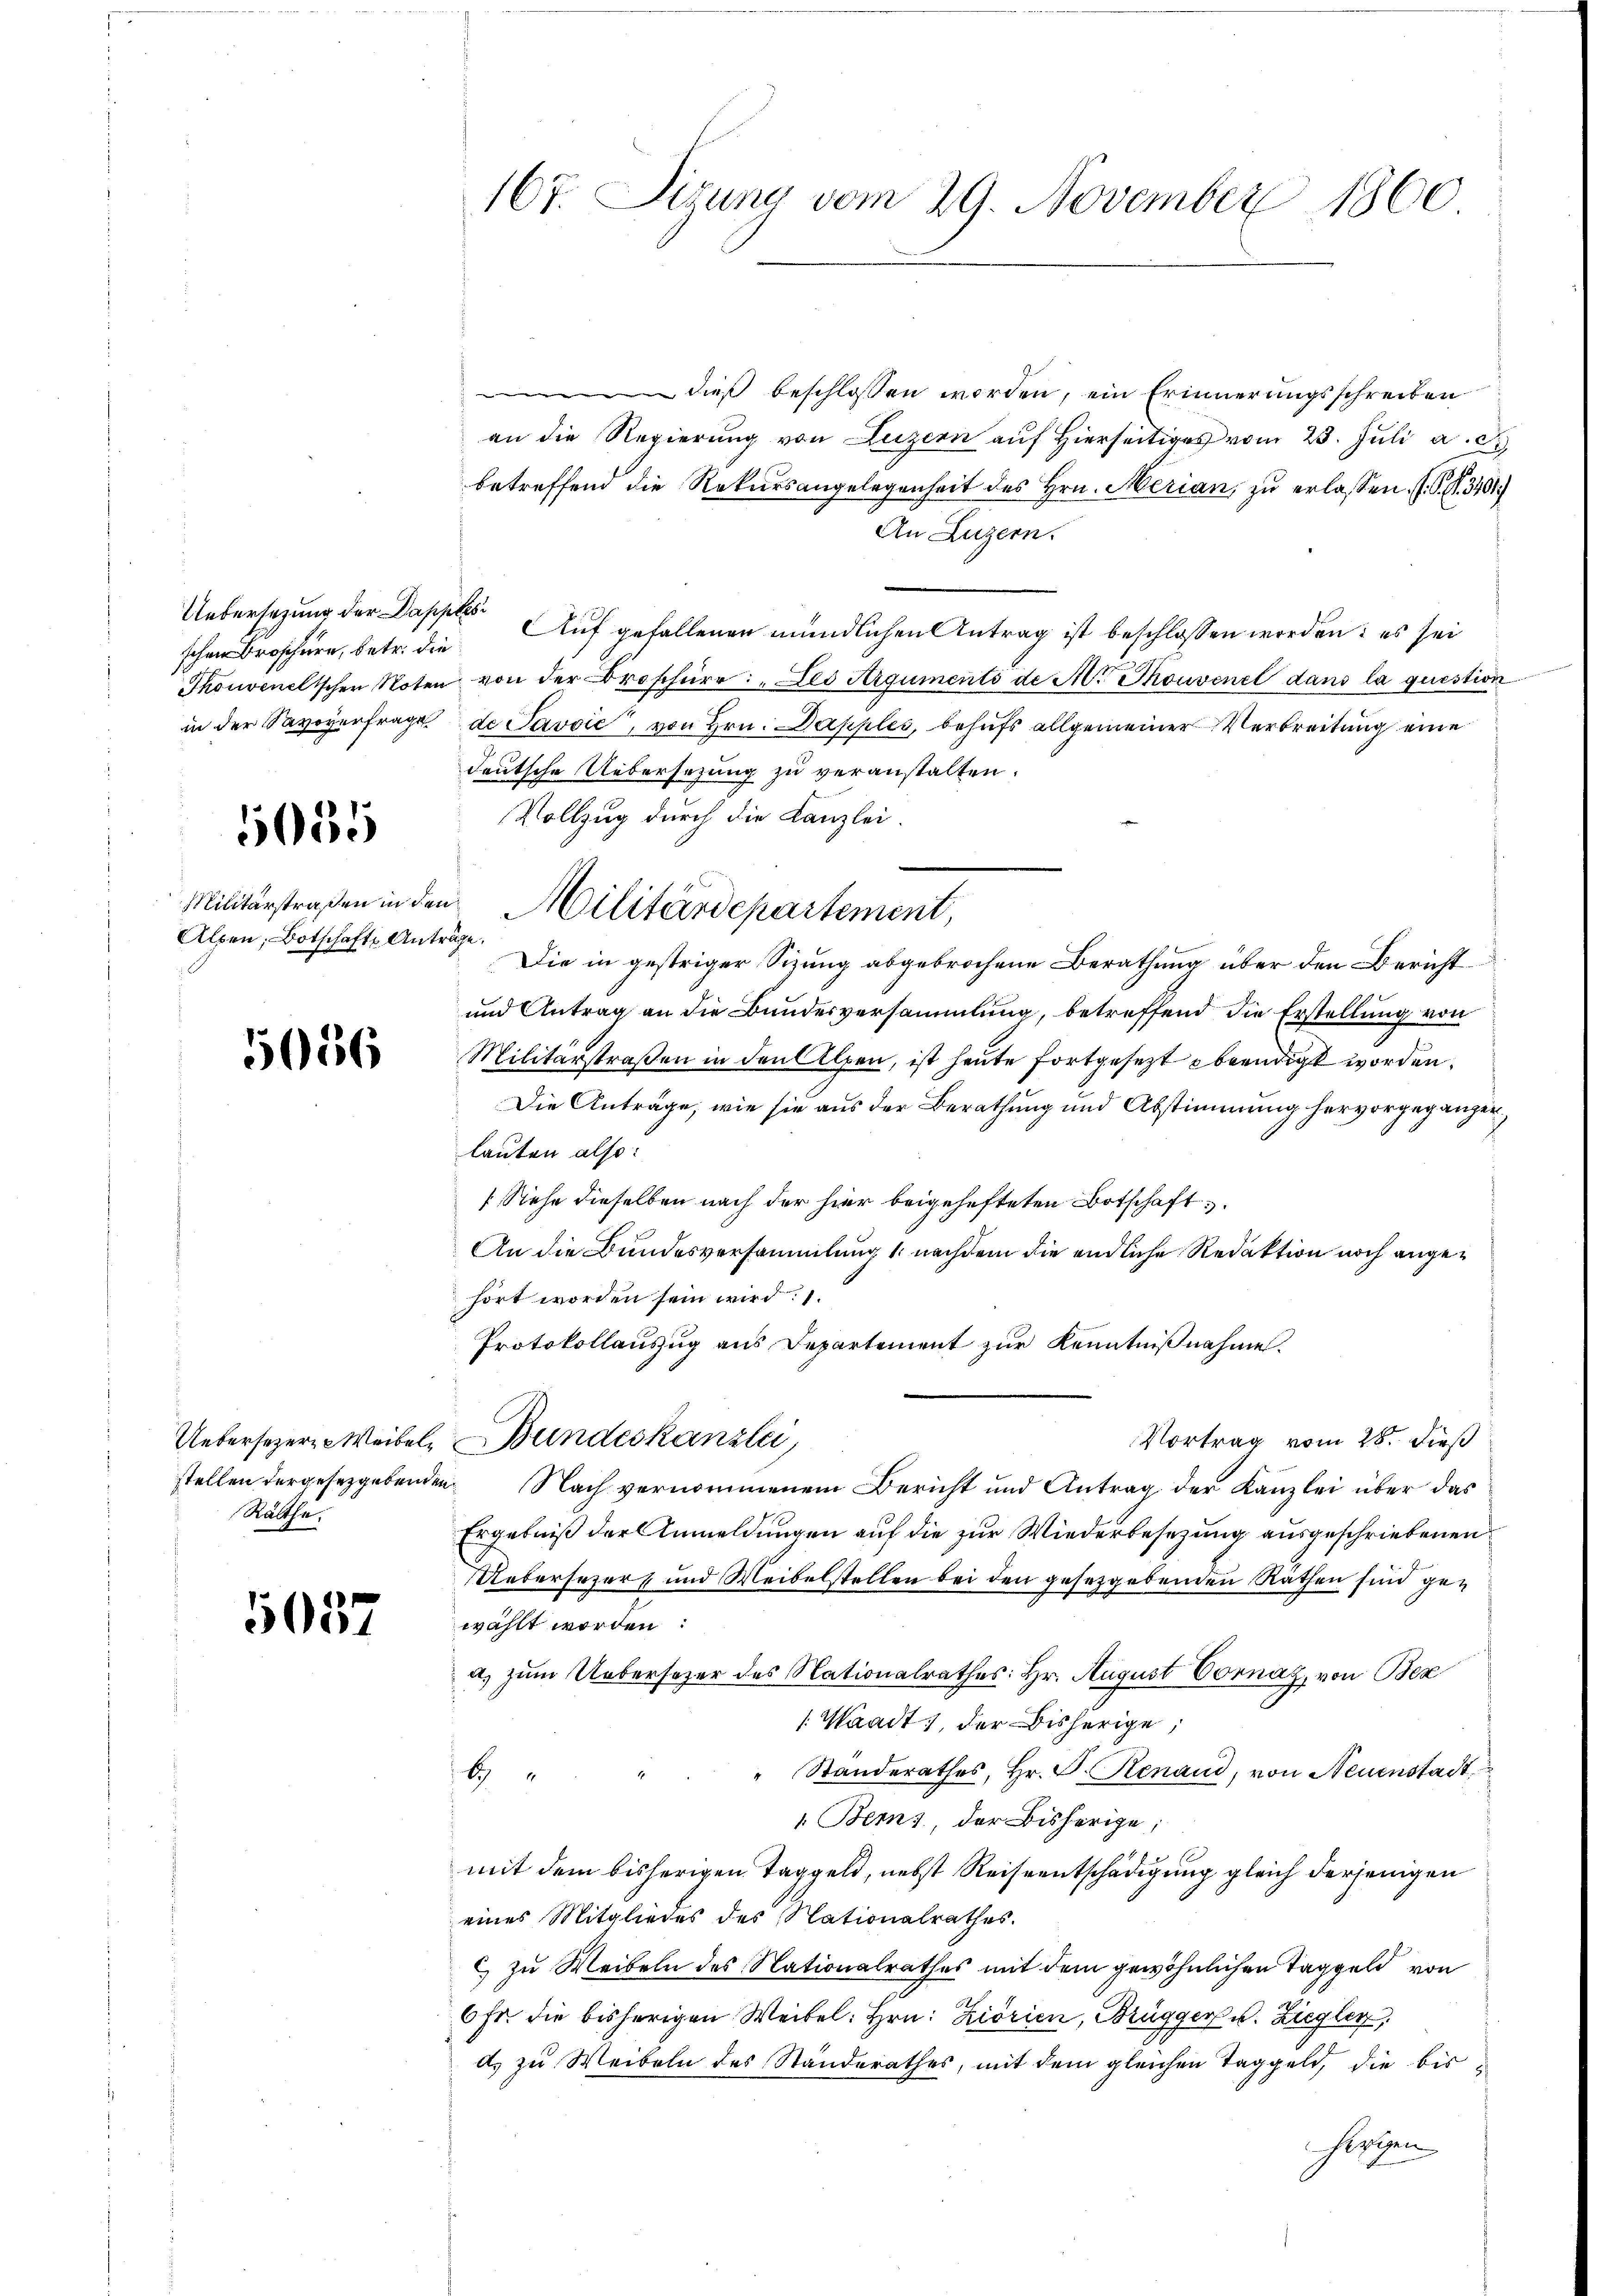
Uebersatzung der Dapples
in der Savoyerfrage

5055

Militärstraßen in den
Alpen, Botschafts An¬

5056

Uebersezere Weibel
stellen dergesetzgebende
Räthe.

5037

167. Sigung vom 29. November 1860.

dieß beschlossen worden, ein Erinnerungsschreiben
an die Regierung von Luzern auf Hierseitiges vom 23. Juli a. c.
betreffend die Rekursangelegenheit des Hrn. Merian, zu erlassen. J. S. S. 3401)
An Luzern.
schen Brosch, betr. die Auf gefallenen mündlichen Antrag ist beschlossen worden: es sei
Thonveneltschen Noten von der Broschüre: "Des Arguments de M. Thouvenel dans la question
de Javvić, von Hrn. Dapples, behufs allgemeiner Verbreitung eine
deutsche Uebersetzung zu veranstalten.
Vollzug durch die Kanzlei.
räche.
Die in gestriger Sizung abgebrochene Berathung über den Bericht
und Antrag an die Bundesversammlung, betreffend die Erstellung von
Militärstraßen in den Alpen, ist heute fortgesezt beendigt worden.
Die Anträge, wie sie aus der Berathung und Abstimmung hervorgeganger
lauten also:
[Siehe dieselben nach der hier beigehefteten Botschaft.
An die Bundesversammlung 1. nachdem die endliche Redaktion noch angehört worden sein wird.
Protokollauszug aus Departement zur Kenntnißnahme.
Vortrag vom 28. dieß
Bundeskanzlei,
in. Nach vernommenem Bericht und Antrag der Kanzlei über das
Ergebniß der Anmeldungen auf die zur Wiederbesezung ausgeschriebenen
Uebersezers und Weibelstellen bei den gesetzgebenden Räthen sind gewählt worden:
a. zum Uebersezer des Nationalrathes: Hr. August Vornaz, von Bez
Waadt, der bisherige,
" Standerathes, Hr. V. Renaud, von Neuenstadt,
b
Bems, der Bisherige,
mit dem bisherigen Taggeld, nebst Reiseentschädigung gleich derjenigen
eines Mitgliedes des Nationalrathes.
c) zu Weibeln des Nationalrathes mit dem gewöhnlichen Taggeld von
6fr. die bisherigen Weibel. Hrn. Kiorien, Brügger u. Ziegler,
d. zu Weibeln des Standerathes, mit dem gleichen Taggeld, die bishloten

u. Militärdepartement,